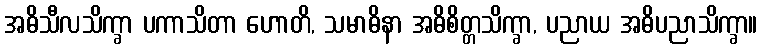
အဓိသီလသိက္ခာ ပကာသိတာ ဟောတိ, သမာဓိနာ အဓိစိတ္တသိက္ခာ, ပညာယ အဓိပညာသိက္ခာ။